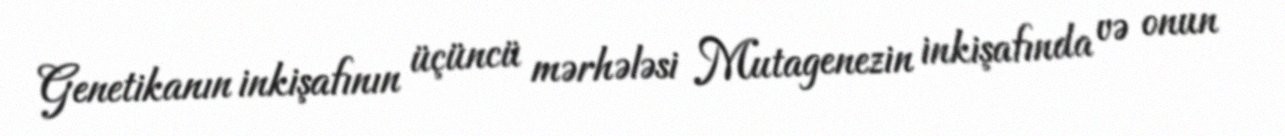
Genetikanın inkişafının üçüncü mərhələsi Mutagenezin inkişafında və onun